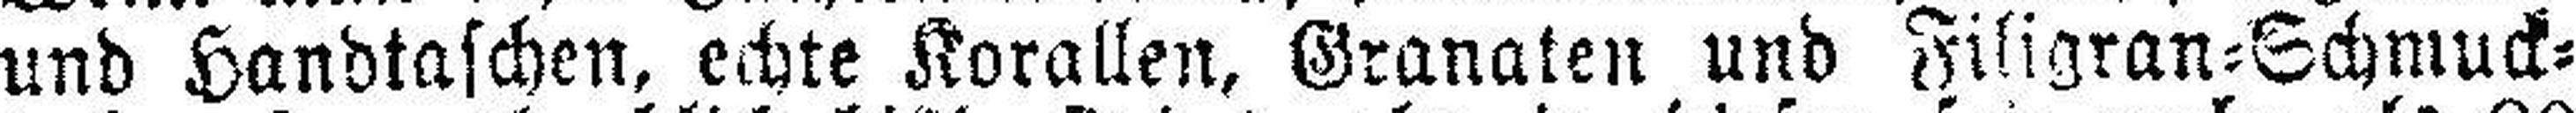
und Handtaschen, echte Korallen, Granaten und Filigran=Schmuck¬